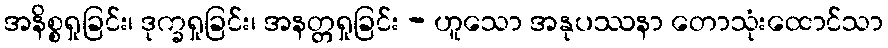
အနိစ္စရှုခြင်း၊ ဒုက္ခရှုခြင်း၊ အနတ္တရှုခြင်း - ဟူသော အနုပဿနာ တောသုံးထောင်သာ